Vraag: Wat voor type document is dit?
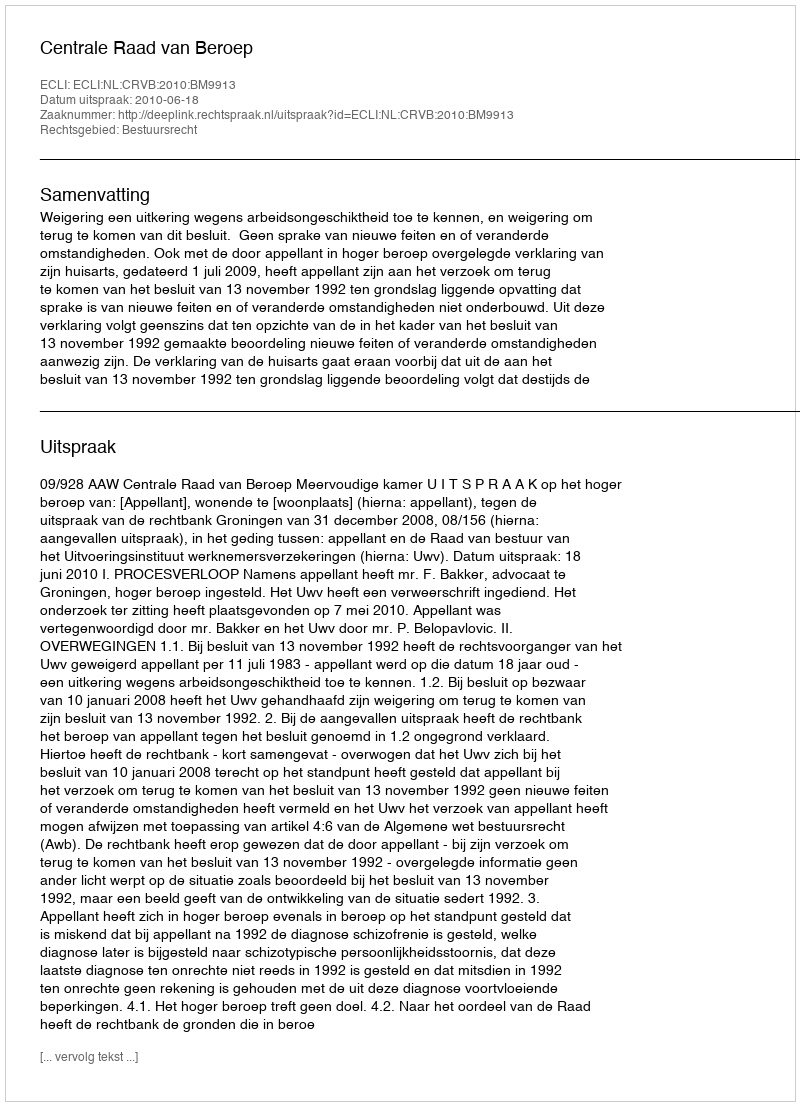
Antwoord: Uitspraak